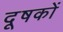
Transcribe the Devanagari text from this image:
दूषकों